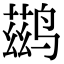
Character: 鹚